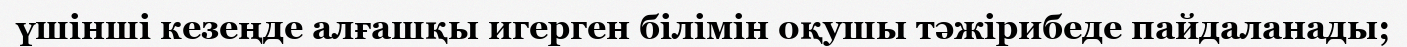
үшінші кезеңде алғашқы игерген білімін оқушы тәжірибеде пайдаланады;